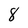
Character: 8